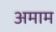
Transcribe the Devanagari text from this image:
अमाम